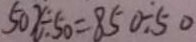
5 0 x \div 5 0 = 8 5 0 \div 5 0